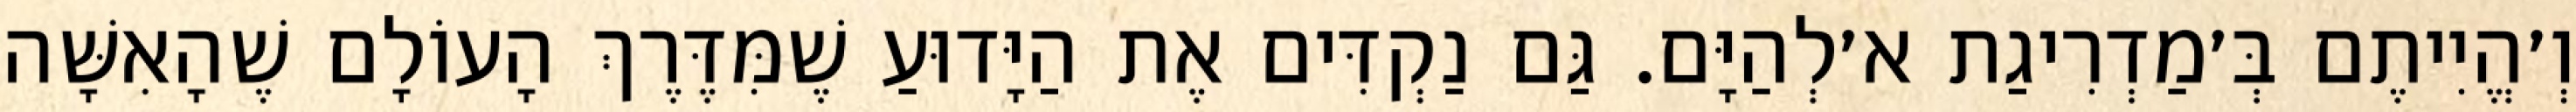
וְ׳הֱיִיתֶם בְּ׳מַדְרִיגַת א׳לְהַיָּם. גַּם נַקְדִּים אֶת הַיָּדוּעַ שֶׁמִּדֶּרֶךְ הָעוֹלָם שֶׁהָאִשָּׁה